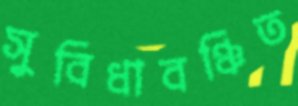
সুবিধাবঞ্চিত